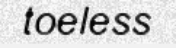
toeless